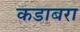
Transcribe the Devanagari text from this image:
कडाबरा